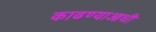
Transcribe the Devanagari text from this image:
काढण्याआधी